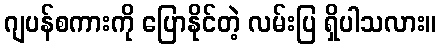
ဂျပန်စကားကို ပြောနိုင်တဲ့ လမ်းပြ ရှိပါသလား။